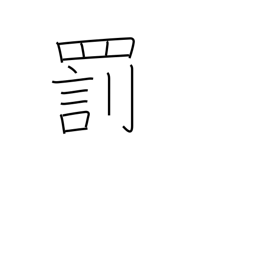
Meaning: penalty